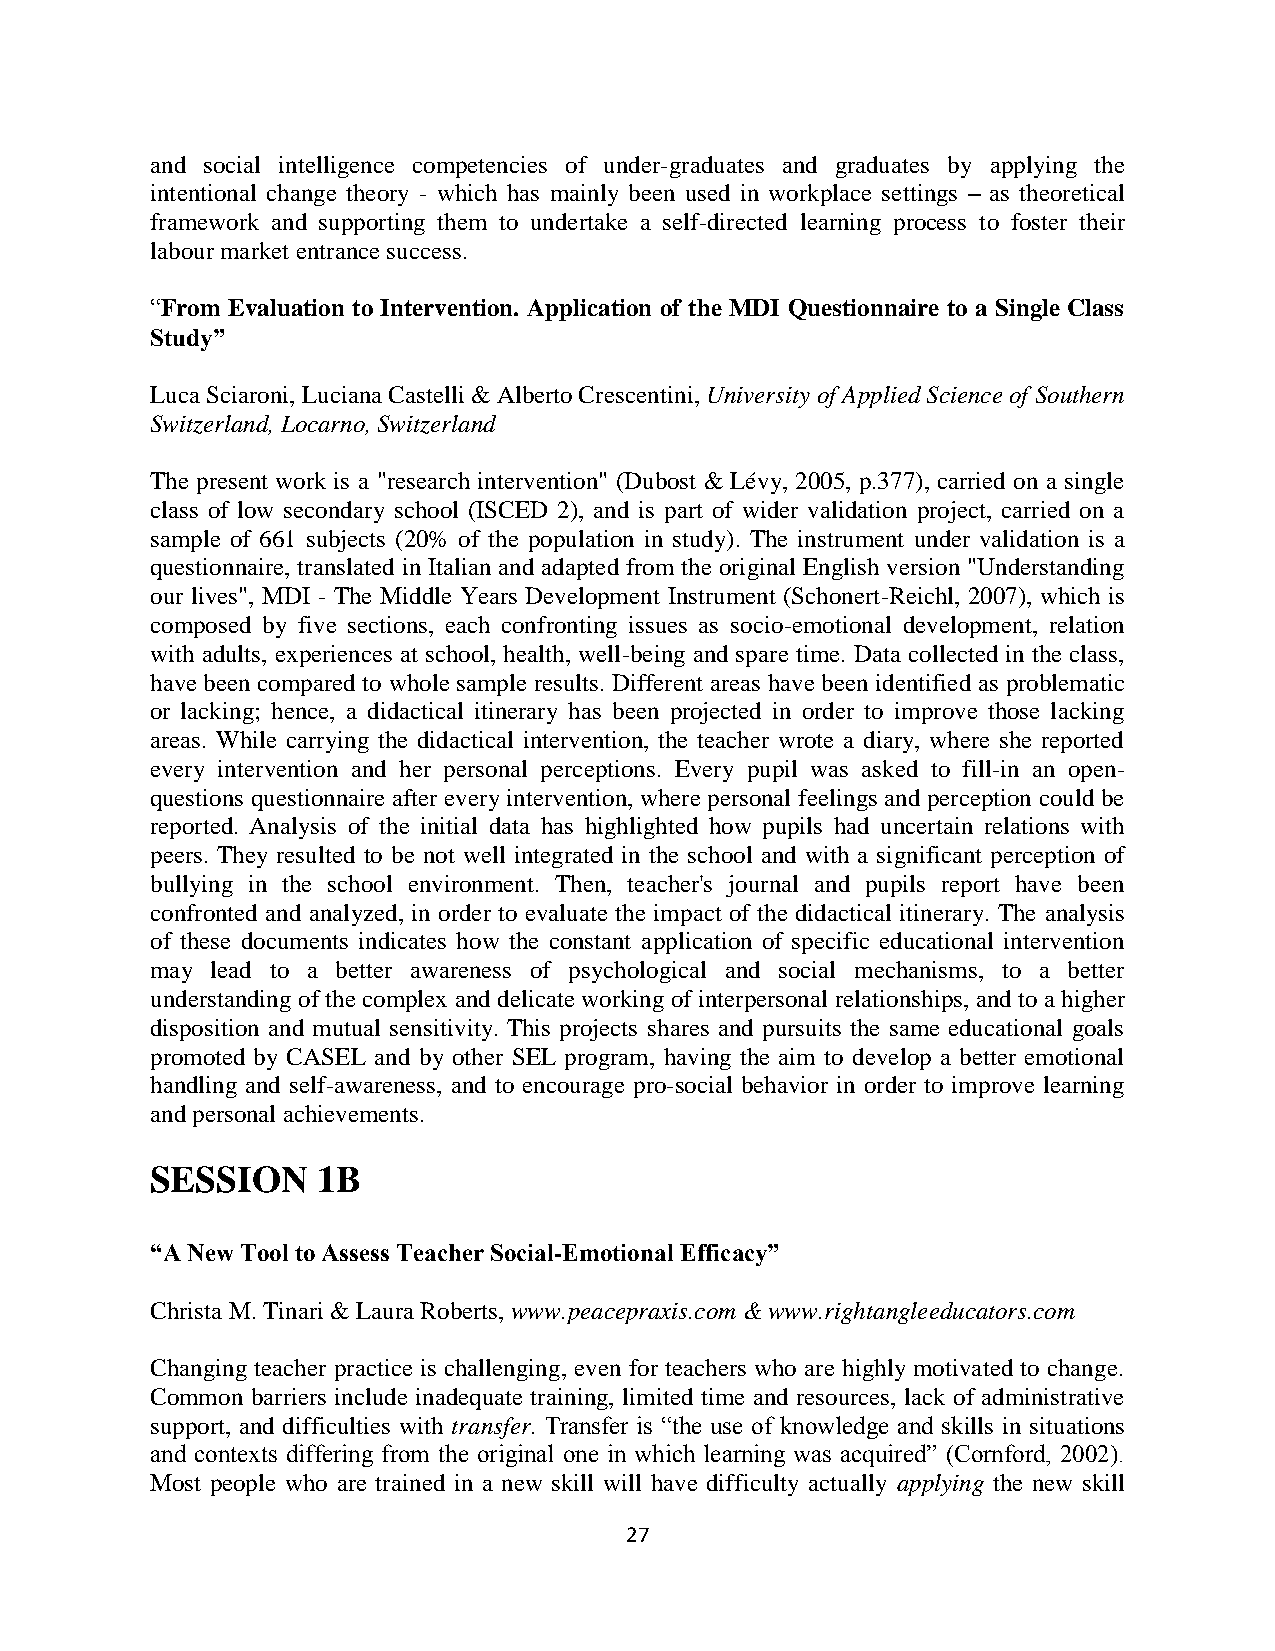
and social intelligence competencies of under-graduates and graduates by applying the
 intentional change theory - which has mainly been used in workplace settings – as theoretical
 framework and supporting them to undertake a self-directed learning process to foster their
 labour market entrance success.
 “From Evaluation to Intervention. Application of the MDI Questionnaire to a Single Class
 Study”
 Luca Sciaroni, Luciana Castelli & Alberto Crescentini, University of Applied Science of Southern
 Switzerland, Locarno, Switzerland
 The present work is a "research intervention" (Dubost & Lévy, 2005, p.377), carried on a single
 class of low secondary school (ISCED 2), and is part of wider validation project, carried on a
 sample of 661 subjects (20% of the population in study). The instrument under validation is a
 questionnaire, translated in Italian and adapted from the original English version "Understanding
 our lives", MDI - The Middle Years Development Instrument (Schonert-Reichl, 2007), which is
 composed by five sections, each confronting issues as socio-emotional development, relation
 with adults, experiences at school, health, well-being and spare time. Data collected in the class,
 have been compared to whole sample results. Different areas have been identified as problematic
 or lacking; hence, a didactical itinerary has been projected in order to improve those lacking
 areas. While carrying the didactical intervention, the teacher wrote a diary, where she reported
 every intervention and her personal perceptions. Every pupil was asked to fill-in an open-
 questions questionnaire after every intervention, where personal feelings and perception could be
 reported. Analysis of the initial data has highlighted how pupils had uncertain relations with
 peers. They resulted to be not well integrated in the school and with a significant perception of
 bullying in the school environment. Then, teacher's journal and pupils report have been
 confronted and analyzed, in order to evaluate the impact of the didactical itinerary. The analysis
 of these documents indicates how the constant application of specific educational intervention
 may lead to a better awareness of psychological and social mechanisms, to a better
 understanding of the complex and delicate working of interpersonal relationships, and to a higher
 disposition and mutual sensitivity. This projects shares and pursuits the same educational goals
 promoted by CASEL and by other SEL program, having the aim to develop a better emotional
 handling and self-awareness, and to encourage pro-social behavior in order to improve learning
 and personal achievements.
 SESSION    1B
 “A New Tool to Assess Teacher Social-Emotional Efficacy”
 Christa M. Tinari & Laura Roberts, www.peacepraxis.com & www.rightangleeducators.com
 Changing teacher practice is challenging, even for teachers who are highly motivated to change.
 Common barriers include inadequate training, limited time and resources, lack of administrative
 support, and difficulties with transfer. Transfer is “the use of knowledge and skills in situations
 and contexts differing from the original one in which learning was acquired” (Cornford, 2002).
 Most people who are trained in a new skill will have difficulty actually applying the new skill
 27